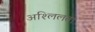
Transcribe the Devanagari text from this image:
अश्लिलता